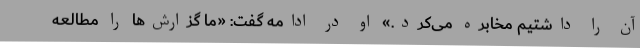
آن را داشتیم مخابره می‌کرد.» او در ادامه گفت: «ما گزارش‌ها را مطالعه